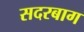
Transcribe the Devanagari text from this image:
सदरबाग